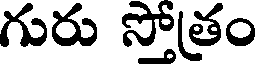
గురు సోత్రం